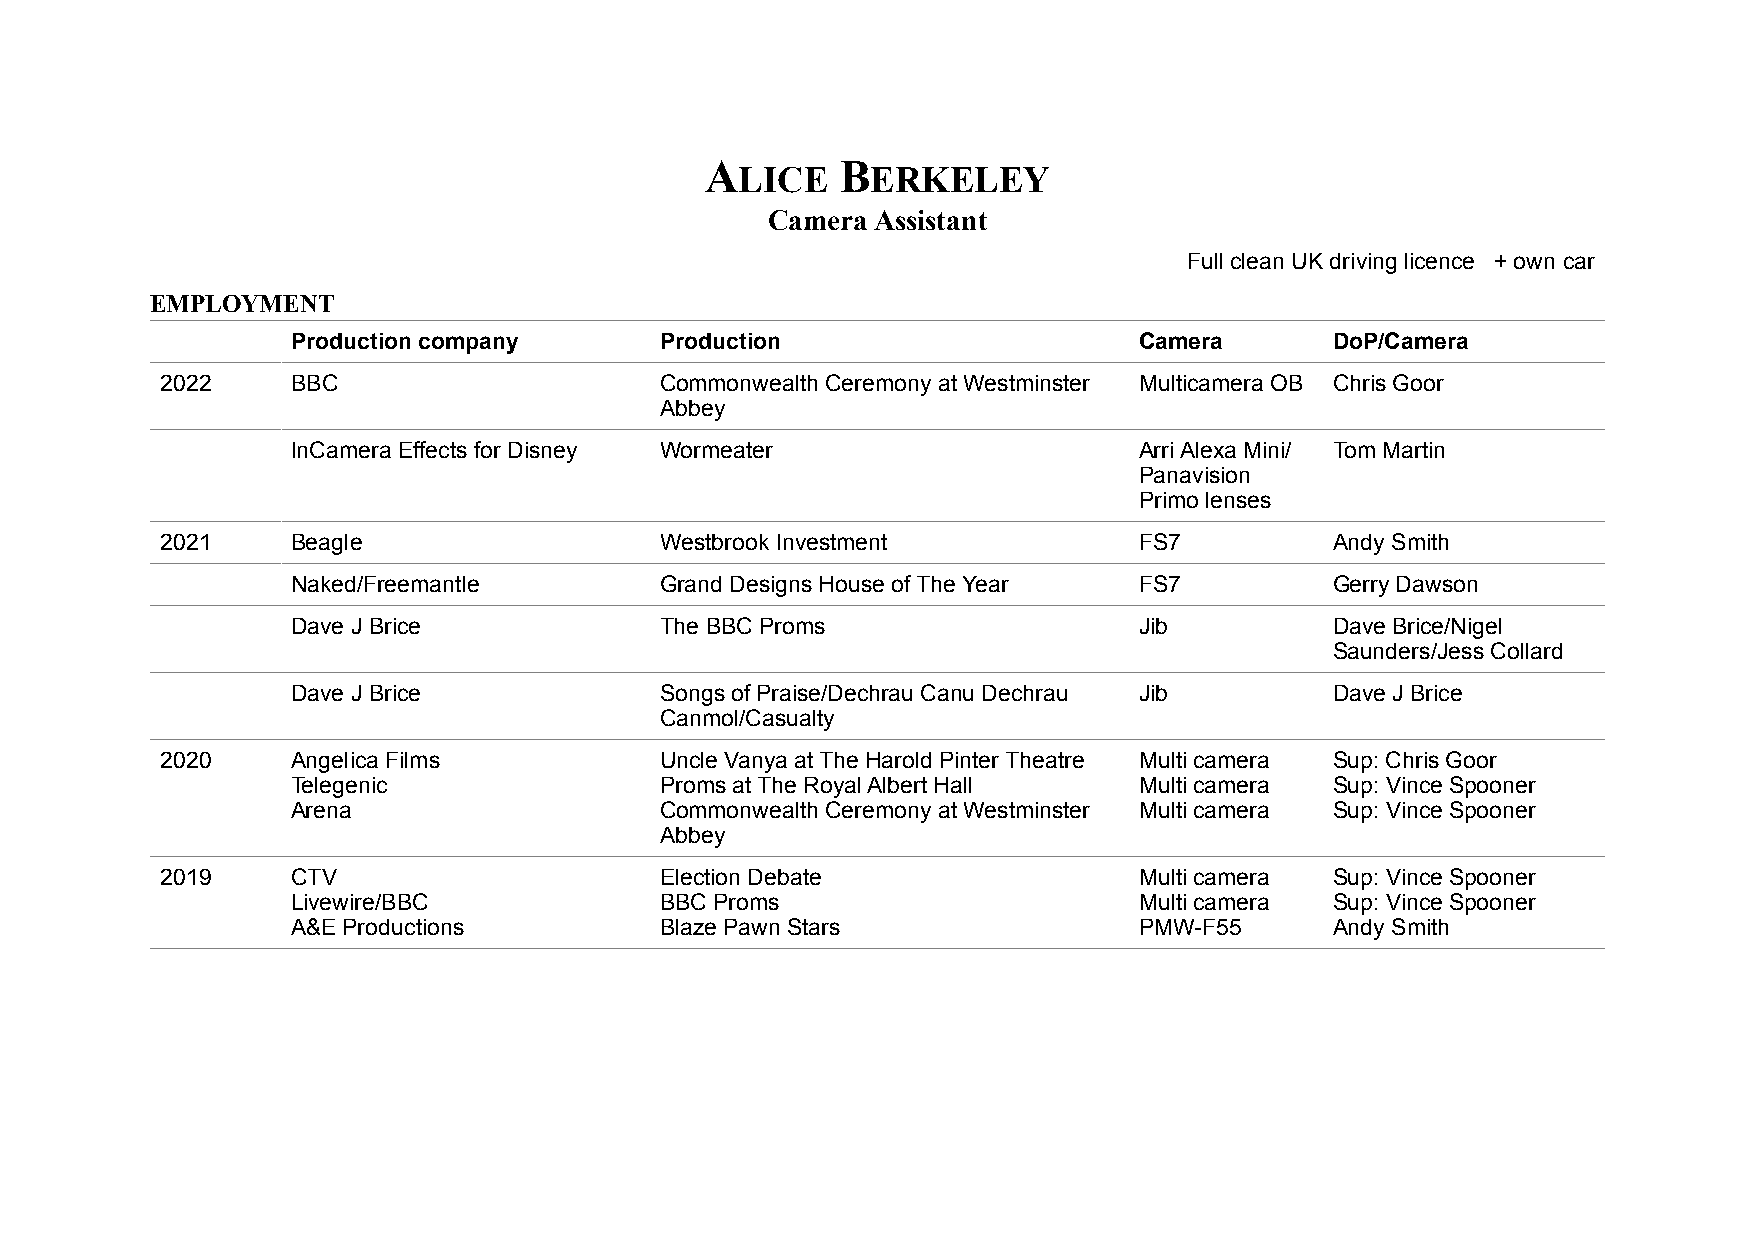
A        B
 LICE     ERKELEY
 Camera Assistant
 Full clean UK driving licence + own car
 EMPLOYMENT
 Production company       Production                     Camera       DoP/Camera
 2022    BBC                      Commonwealth Ceremony at Westminster Multicamera OB Chris Goor
 Abbey
 InCamera Effects for Disney Wormeater                   Arri Alexa Mini/ Tom Martin
 Panavision
 Primo lenses
 2021    Beagle                   Westbrook Investment           FS7          Andy Smith
 Naked/Freemantle         Grand Designs House of The Year FS7         Gerry Dawson
 Dave J Brice             The BBC Proms                  Jib          Dave Brice/Nigel
 Saunders/Jess Collard
 Dave J Brice             Songs of Praise/Dechrau Canu Dechrau Jib    Dave J Brice
 Canmol/Casualty
 2020    Angelica Films           Uncle Vanya at The Harold Pinter Theatre Multi camera Sup: Chris Goor
 Telegenic                Proms at The Royal Albert Hall Multi camera Sup: Vince Spooner
 Arena                    Commonwealth Ceremony at Westminster Multi camera Sup: Vince Spooner
 Abbey
 2019    CTV                      Election Debate                Multi camera Sup: Vince Spooner
 Livewire/BBC             BBC Proms                      Multi camera Sup: Vince Spooner
 A&E Productions          Blaze Pawn Stars               PMW-F55      Andy Smith